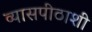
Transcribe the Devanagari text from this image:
व्यासपीठाशी